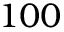
1 0 0